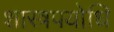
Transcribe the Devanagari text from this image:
शास्त्रपयोधि